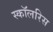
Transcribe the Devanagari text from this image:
स्कॉलरिस